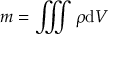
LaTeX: m = \iiint \rho \mathrm { d } V